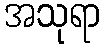
အသုရာ